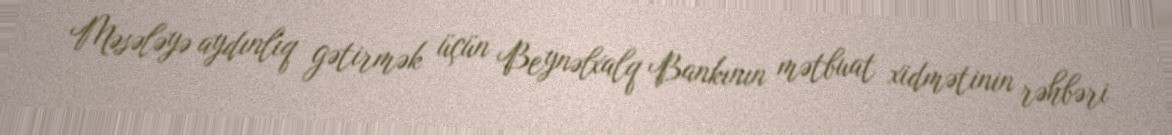
Məsələyə aydınlıq gətirmək üçün Beynəlxalq Bankının mətbuat xidmətinin rəhbəri